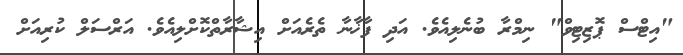
"އިޓްސް ޕޮޒިޓިވް" ނިމްރާ ބުނެލިއެވެ. އަދި ފާޚާނާ ތެރެއަށް އިޝާރާތްކޮށްލިއެވެ. އަރްސަލް ކުރިއަށް